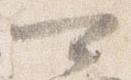
可